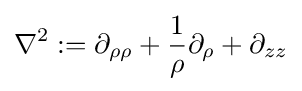
\nabla ^{2}:=\partial _{\rho \rho }+{\frac {1}{\rho }}\partial _{\rho }+\partial _{zz}